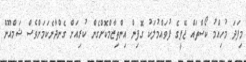
މިފަދަ މުހިއްމު ކޯސްތައް ޖޭޕީގެ ފުވައްމުލަކު ގޮފިން އިންތިޒާމްކޮށްގެން ކުރިއަށް ގެންދާނެކަމަށްވެސް ޝަމްއޫން